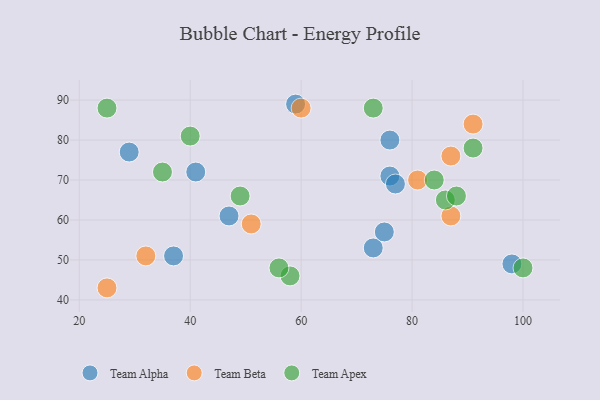
{"axis": {"x": "GDP", "y": "Life Expectancy"}, "legend": ["Team Alpha", "Team Apex", "Team Beta"], "data": [{"x": "76", "y": 71, "type": "Team Alpha"}, {"x": "77", "y": 69, "type": "Team Alpha"}, {"x": "73", "y": 53, "type": "Team Alpha"}, {"x": "98", "y": 49, "type": "Team Alpha"}, {"x": "41", "y": 72, "type": "Team Alpha"}, {"x": "76", "y": 80, "type": "Team Alpha"}, {"x": "59", "y": 89, "type": "Team Alpha"}, {"x": "75", "y": 57, "type": "Team Alpha"}, {"x": "37", "y": 51, "type": "Team Alpha"}, {"x": "47", "y": 61, "type": "Team Alpha"}, {"x": "29", "y": 77, "type": "Team Alpha"}, {"x": "32", "y": 51, "type": "Team Beta"}, {"x": "87", "y": 61, "type": "Team Beta"}, {"x": "60", "y": 88, "type": "Team Beta"}, {"x": "25", "y": 43, "type": "Team Beta"}, {"x": "91", "y": 84, "type": "Team Beta"}, {"x": "87", "y": 76, "type": "Team Beta"}, {"x": "51", "y": 59, "type": "Team Beta"}, {"x": "81", "y": 70, "type": "Team Beta"}, {"x": "84", "y": 70, "type": "Team Apex"}, {"x": "58", "y": 46, "type": "Team Apex"}, {"x": "73", "y": 88, "type": "Team Apex"}, {"x": "40", "y": 81, "type": "Team Apex"}, {"x": "49", "y": 66, "type": "Team Apex"}, {"x": "91", "y": 78, "type": "Team Apex"}, {"x": "56", "y": 48, "type": "Team Apex"}, {"x": "25", "y": 88, "type": "Team Apex"}, {"x": "86", "y": 65, "type": "Team Apex"}, {"x": "100", "y": 48, "type": "Team Apex"}, {"x": "88", "y": 66, "type": "Team Apex"}, {"x": "35", "y": 72, "type": "Team Apex"}]}